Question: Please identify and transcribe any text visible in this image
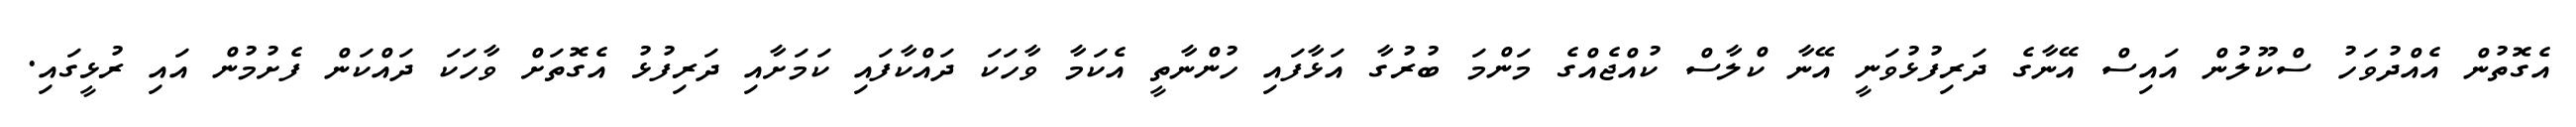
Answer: އެގޮތުން އެއްދުވަހު ސްކޫލުން އައިސް އޭނާގެ ދަރިފުޅުވަނީ އޭނާ ކްލާސް ކުއްޖެއްގެ މަންމަ ބުރުގާ އަޅާފައި ހުންނާތީ އެކަމާ ވާހަކަ ދައްކާފައި ކަމަށާއި ދަރިފުޅު އެގޮތަށް ވާހަކަ ދައްކަން ފެށުމުން އައި ރުޅީގައި.